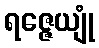
ရဇ္ဇေယျုံ